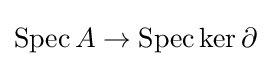
\operatorname {Spec} A\to \operatorname {Spec} \ker \partial